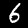
Digit: 6